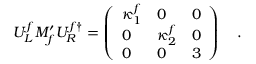
U _ { L } ^ { f } M _ { f } ^ { \prime } U _ { R } ^ { f \dagger } = \left( \begin{array} { l l l } { { \kappa _ { 1 } ^ { f } } } & { { 0 } } & { { 0 } } \\ { { 0 } } & { { \kappa _ { 2 } ^ { f } } } & { { 0 } } \\ { { 0 } } & { { 0 } } & { { 3 } } \end{array} \right) ~ ~ ~ .